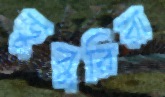
ডুবুরিরা